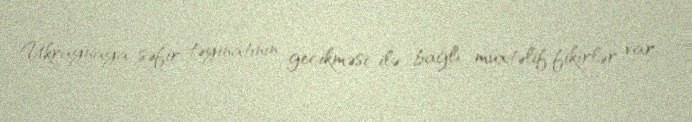
Ukraynaya səfir təyinatının gecikməsi ilə bağlı müxtəlif fikirlər var.